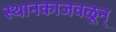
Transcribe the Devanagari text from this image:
स्थानकाजवळून्